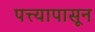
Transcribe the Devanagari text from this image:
पत्त्यापासून